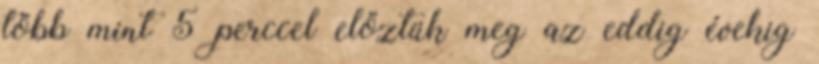
több mint 5 perccel előztük meg az eddig évekig